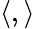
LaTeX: \langle,\rangle